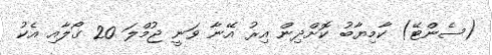
(ސެންޓޭ) ކާމިޔާބު ކޮށްދިން އިރު އޭނާ ވަނީ ޖުމްލަ 20 ގޯލާއި އެކު